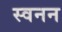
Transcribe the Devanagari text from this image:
स्वनन